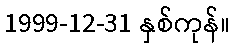
1999-12-31 နှစ်ကုန်။